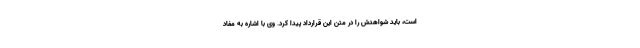
است، باید شواهدش را در متن این قرارداد پیدا کرد. وی با اشاره به مفاد